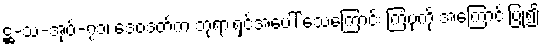
ဋ္ဌ-သ-အုပ်-၇၁၊ ဒေဝဒတ်က ဘုရားရှင်အပေါ် သေကြောင်း ကြံပုံကို အကြောင်းပြု၍